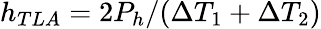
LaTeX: h_{TLA}=2P_{h}/(\Delta T_{1}+\Delta T_{2})